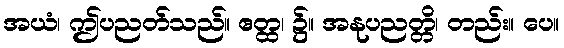
အယံ၊ ဤပညတ်သည်။ ဧတ္ထ၊ ၌။ အနုပညတ္တိ၊ တည်း။ ပေ။